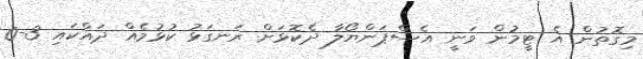
މިގޮތުން އެ ޓީމުން ވަނީ އެސްޕަންޔޯލާ ދެކޮޅަށް ރަނގަޅު ކުޅުމެއް ދައްކައި 3-0